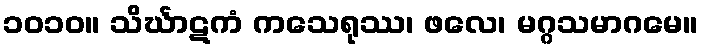
၁၀၁၀။ သိင်္ဃာဋကံ ကသေရုဿ၊ ဖလေ၊ မဂ္ဂသမာဂမေ။